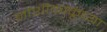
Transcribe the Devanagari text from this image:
जोशीकाकूंच्या